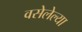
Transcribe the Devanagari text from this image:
वसेलेल्या